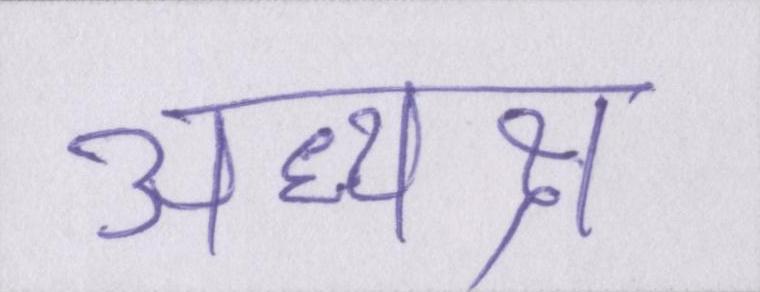
अध्यक्ष